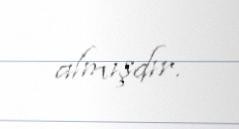
almışdır.